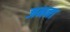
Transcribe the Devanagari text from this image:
जनना